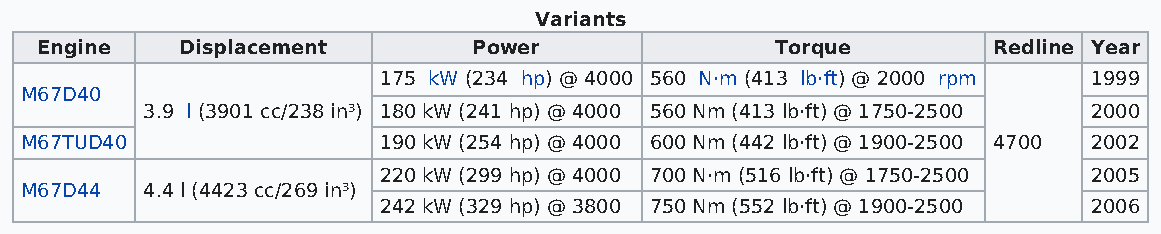
Variants
 Engine    Displacement       Power               Torque         Redline Year
 175 kW (234 hp) @ 4000 560 N·m (413 lb·ft) @ 2000 rpm 1999
 M67D40
 3.9 l (3901 cc/238 in³) 180 kW (241 hp) @ 4000 560 Nm (413 lb·ft) @ 1750-2500 2000
 M67TUD40                190 kW (254 hp) @ 4000 600 Nm (442 lb·ft) @ 1900-2500 4700 2002
 220 kW (299 hp) @ 4000 700 N·m (516 lb·ft) @ 1750-2500 2005
 M67D44  4.4 l (4423 cc/269 in³)
 242 kW (329 hp) @ 3800 750 Nm (552 lb·ft) @ 1900-2500 2006